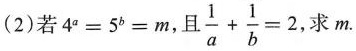
(2)若$$4 ^ { a } = 5 ^ { b } = m$$，且$$\frac { 1 } { a } + \frac { 1 } { b } = 2$$ ，求m.